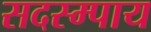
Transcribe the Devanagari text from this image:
सदस्म्पाय